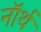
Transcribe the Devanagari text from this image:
नाॅर्थ